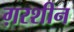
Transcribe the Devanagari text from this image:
ग़रशीन